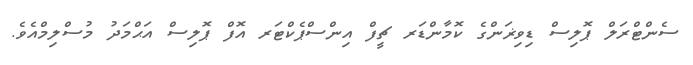
ސެންޓްރަލް ޕޮލިސް ޑިވިޜަންގެ ކޮމާންޑަރ ޗީފް އިންސްޕެކްޓަރ އޮފް ޕޮލިސް އަޙްމަދު މުސްލިމްއެވެ.